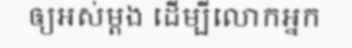
ឲ្យអស់ម្តង ដើម្បីលោកអ្នក